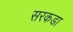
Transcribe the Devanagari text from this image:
सरकडा